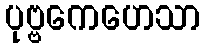
ပုဗ္ဗကေဟေသာ